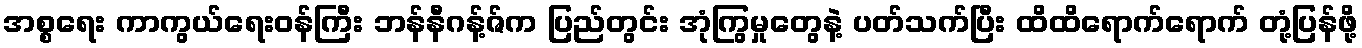
အစ္စရေး ကာကွယ်ရေးဝန်ကြီး ဘန်နီဂန့်ဇ်က ပြည်တွင်း အုံကြွမှုတွေနဲ့ ပတ်သက်ပြီး ထိထိရောက်ရောက် တုံ့ပြန်ဖို့